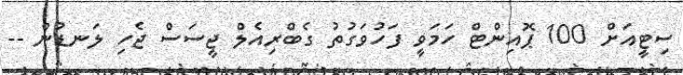
ސިޓީއަށް 100 ޕޮއިންޓް ހަމަވީ ފަހުވަގުތު ގެބްރިއެލް ޖީސަސް ޖެހި ލަނޑުން --